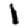
Digit: 1